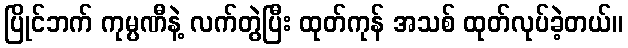
ပြိုင်ဘက် ကုမ္ပဏီနဲ့ လက်တွဲပြီး ထုတ်ကုန် အသစ် ထုတ်လုပ်ခဲ့တယ်။